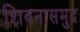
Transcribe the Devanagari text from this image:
शिवनासमुद्र